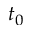
t _ { 0 }